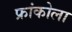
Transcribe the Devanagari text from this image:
फ्रांकोला